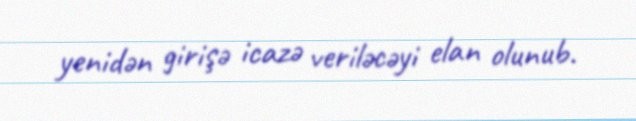
yenidən girişə icazə veriləcəyi elan olunub.